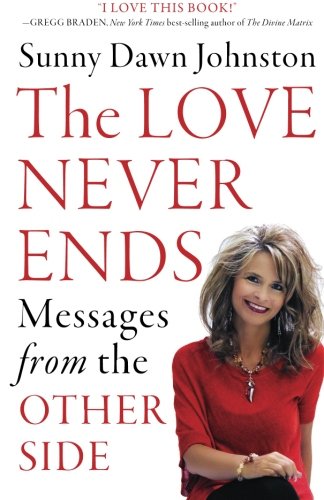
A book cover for The Love Never Ends: Messages from the Other Side; Sunny Dawn Johnston; Religion & Spirituality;